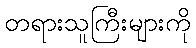
တရားသူကြီးများကို